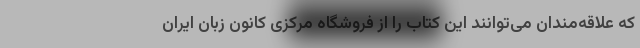
که علاقه‌مندان می‌توانند این کتاب را از فروشگاه مرکزی کانون زبان ایران